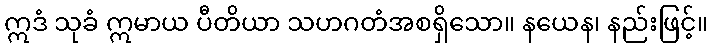
ဣဒံ သုခံ ဣမာယ ပီတိယာ သဟဂတံအစရှိသော။ နယေန၊ နည်းဖြင့်။